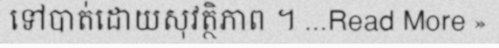
ទៅបាត់ដោយសុវត្ថិភាព ។ ...Read More »